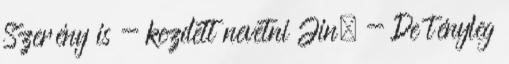
Szerény is - kezdett nevetni Jin. - De tényleg